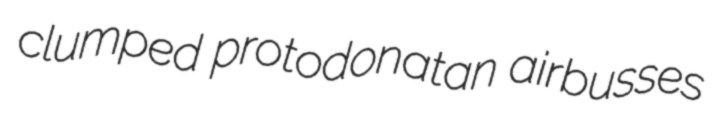
clumped protodonatan airbusses